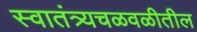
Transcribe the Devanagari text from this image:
स्वातंत्र्यचळवळीतील